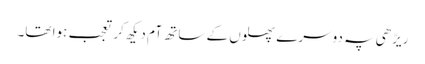
ریڑھی پہ دوسرے پھلوں کے ساتھ آم دیکھ کر تعجب ہوا تھا۔